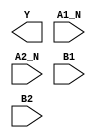
module sky130_fd_sc_ls__o2bb2ai (
    Y   ,
    A1_N,
    A2_N,
    B1  ,
    B2
);

    output Y   ;
    input  A1_N;
    input  A2_N;
    input  B1  ;
    input  B2  ;

    // Voltage supply signals
    supply1 VPWR;
    supply0 VGND;
    supply1 VPB ;
    supply0 VNB ;

endmodule